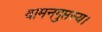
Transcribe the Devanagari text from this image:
वामनगुप्तस्य।